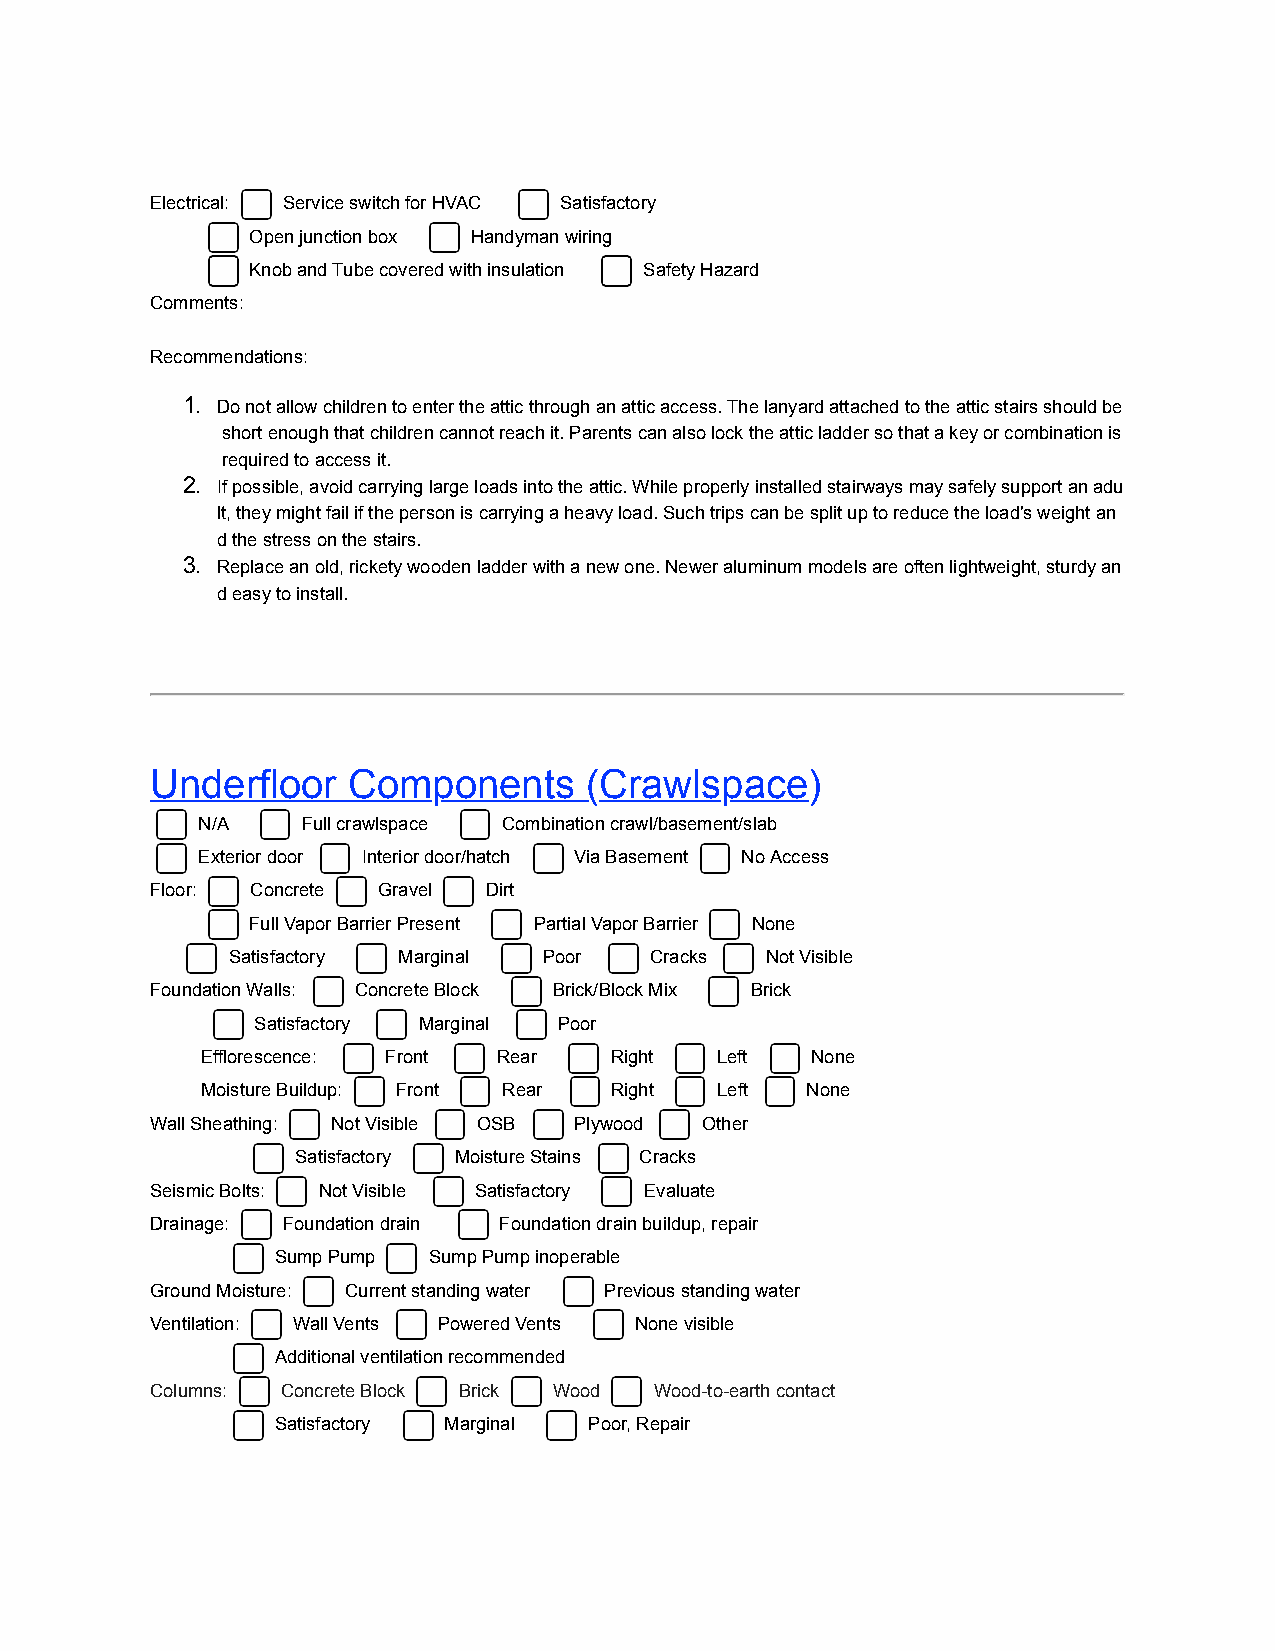
Electrical: Service switch for HVAC Satisfactory
 Open junction box Handyman wiring
 Knob and Tube covered with insulation Safety Hazard
 Comments:
 Recommendations:
 1. Do not allow children to enter the attic through an attic access. The lanyard attached to the attic stairs should be
 short enough that children cannot reach it. Parents can also lock the attic ladder so that a key or combination is
 required to access it.
 2. If possible, avoid carrying large loads into the attic. While properly installed stairways may safely support an adu
 lt, they might fail if the person is carrying a heavy load. Such trips can be split up to reduce the load's weight an
 d the stress on the stairs.
 3. Replace an old, rickety wooden ladder with a new one. Newer aluminum models are often lightweight, sturdy an
 d easy to install.
 Underfloor   Components      (Crawlspace)
 N/A    Full crawlspace Combination crawl/basement/slab
 Exterior door Interior door/hatch Via Basement No Access
 Floor: Concrete Gravel Dirt
 Full Vapor Barrier Present Partial Vapor Barrier None
 Satisfactory Marginal Poor  Cracks  Not Visible
 Foundation Walls: Concrete Block Brick/Block Mix Brick
 Satisfactory Marginal Poor
 Efflorescence: Front Rear  Right  Left   None
 Moisture Buildup: Front Rear Right Left None
 Wall Sheathing: Not Visible OSB Plywood Other
 Satisfactory Moisture Stains Cracks
 Seismic Bolts: Not Visible Satisfactory Evaluate
 Drainage: Foundation drain Foundation drain buildup, repair
 Sump Pump Sump Pump inoperable
 Ground Moisture: Current standing water Previous standing water
 Ventilation: Wall Vents Powered Vents None visible
 Additional ventilation recommended
 Columns: Concrete Block Brick Wood Wood-to-earth contact
 Satisfactory Marginal Poor, Repair